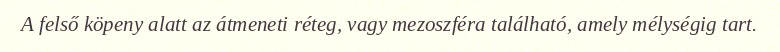
A felső köpeny alatt az átmeneti réteg, vagy mezoszféra található, amely mélységig tart.